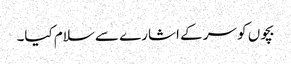
بچوں کو سر کے اشارے سے سلام کیا۔